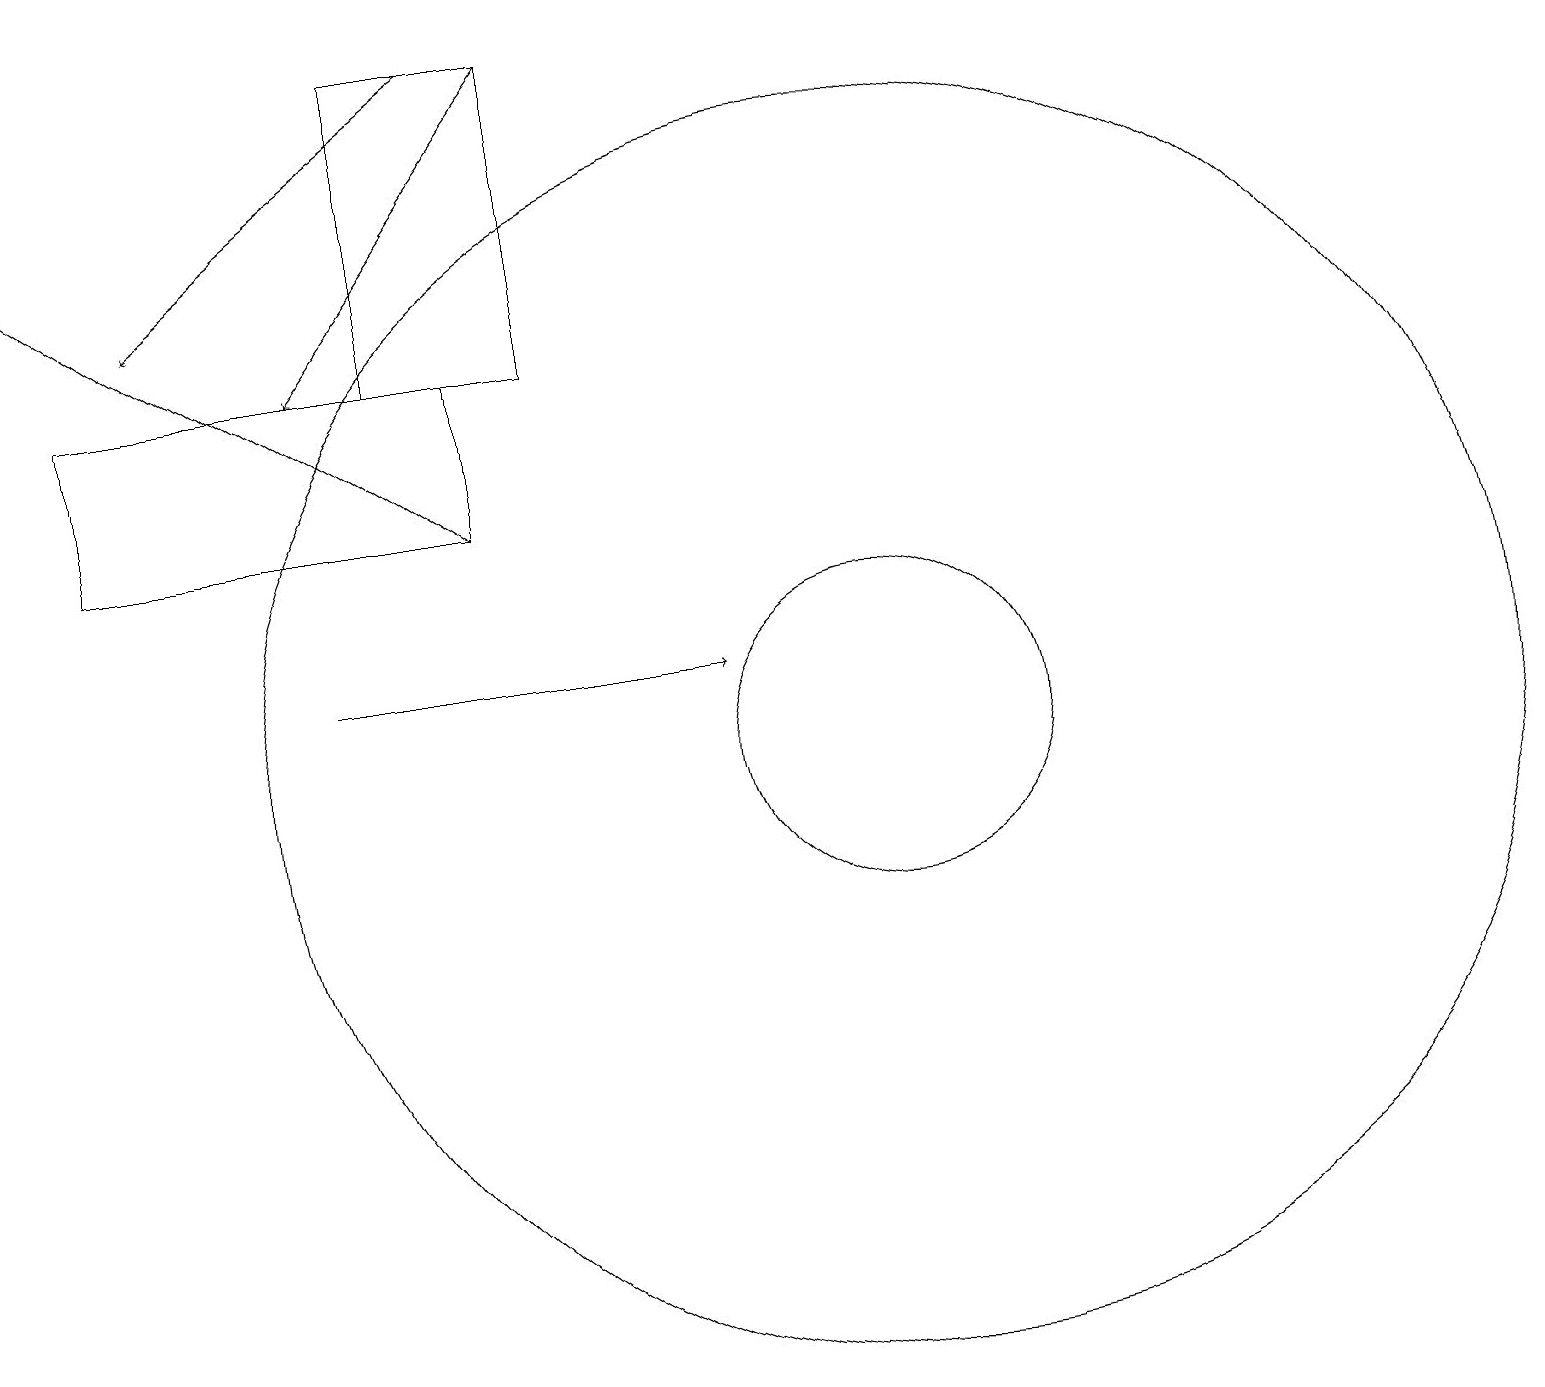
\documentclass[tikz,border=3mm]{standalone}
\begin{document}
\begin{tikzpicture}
\draw (11,10) circle (2);
\draw[->] (4,11) -- (9,11);
\draw[->] (6,13) -- (0,17);
\draw (6,13) rectangle (1,15);
\draw[->] (7,19) -- (4,15);
\draw (11,10) circle (8);
\draw[->] (6,19) -- (2,16);
\draw (5,15) rectangle (7,19);
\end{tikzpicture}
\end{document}